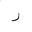
Letter: _ra